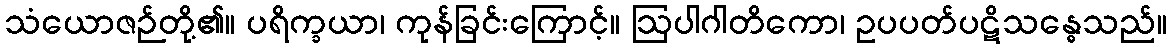
သံယောဇဉ်တို့၏။ ပရိက္ခယာ၊ ကုန်ခြင်းကြောင့်။ ဩပါဂါတိကော၊ ဥပပတ်ပဋိသန္ဓေသည်။